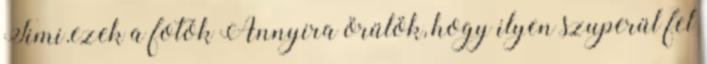
Timi.ezek a fotók Annyira örülök, hogy ilyen szuperül fel